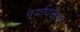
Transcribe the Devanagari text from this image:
पर्यावसान